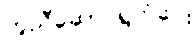
ကူညီဆောင်ရွက်ပေး